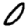
Digit: 0